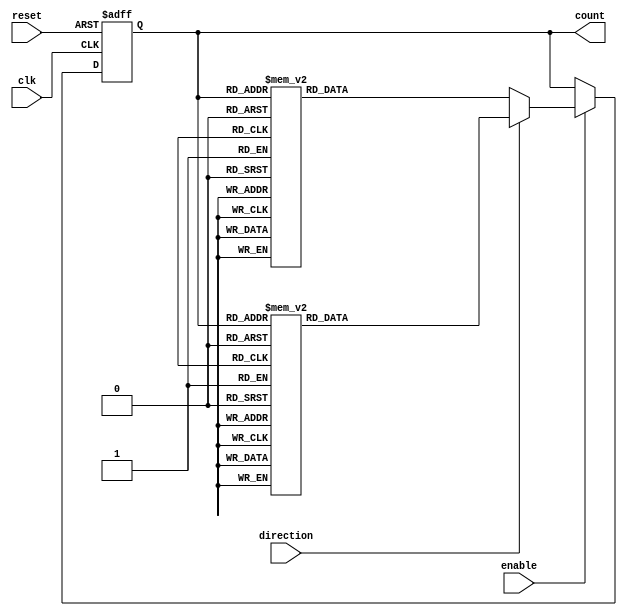
module bidirectional_gray_counter (
   input wire clk, // clock input
   input wire reset, // synchronous reset
   input wire enable, // enable input
   input wire direction, // direction control (1 for count up, 0 for count down)
   
   output reg [3:0] count // 4-bit Gray code counter output
);
   
   always @(posedge clk or posedge reset) begin
      if (reset) begin
         count <= 4'b0000; // initialize counter to 0
      end else begin
         if (enable) begin
            // count up
            if (direction) begin
               case (count)
                  4'b0000: count <= 4'b0001;
                  4'b0001: count <= 4'b0011;
                  4'b0011: count <= 4'b0010;
                  4'b0010: count <= 4'b0110;
                  4'b0110: count <= 4'b0111;
                  4'b0111: count <= 4'b0101;
                  4'b0101: count <= 4'b0100;
                  4'b0100: count <= 4'b1100;
                  4'b1100: count <= 4'b1101;
                  4'b1101: count <= 4'b1111;
                  4'b1111: count <= 4'b1110;
                  4'b1110: count <= 4'b1010;
                  4'b1010: count <= 4'b1011;
                  4'b1011: count <= 4'b1001;
                  4'b1001: count <= 4'b1000;
                  4'b1000: count <= 4'b0000;
                  default: count <= 4'b0000;
               endcase
            // count down
            end else begin
               case (count)
                  4'b0000: count <= 4'b1000;
                  4'b1000: count <= 4'b1001;
                  4'b1001: count <= 4'b1011;
                  4'b1011: count <= 4'b1010;
                  4'b1010: count <= 4'b1110;
                  4'b1110: count <= 4'b1111;
                  4'b1111: count <= 4'b1101;
                  4'b1101: count <= 4'b1100;
                  4'b1100: count <= 4'b0100;
                  4'b0100: count <= 4'b0101;
                  4'b0101: count <= 4'b0111;
                  4'b0111: count <= 4'b0110;
                  4'b0110: count <= 4'b0010;
                  4'b0010: count <= 4'b0011;
                  4'b0011: count <= 4'b0001;
                  4'b0001: count <= 4'b0000;
                  default: count <= 4'b0000;
               endcase
            end
         end
      end
   end
endmodule